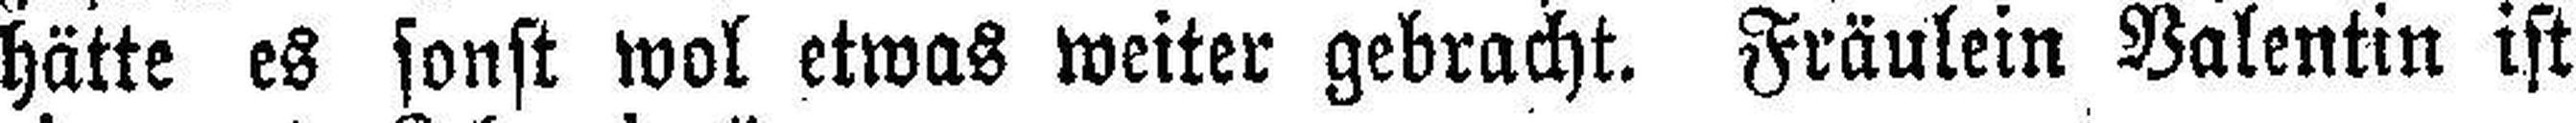
hätte es sonst wol etwas weiter gebracht. Fräulein Valentin ist